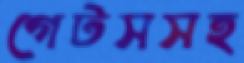
গেটসসহ